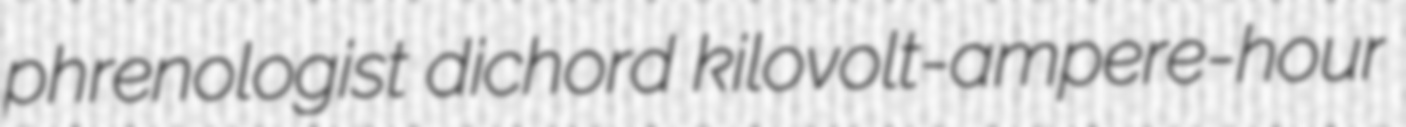
phrenologist dichord kilovolt-ampere-hour